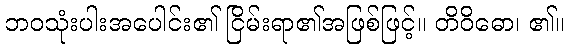
ဘဝသုံးပါးအပေါင်း၏ ငြိမ်းရာ၏အဖြစ်ဖြင့်။ တိဝိဓော၊ ၏။